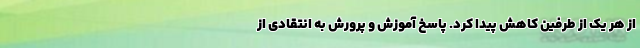
از هر یک از طرفین کاهش پیدا کرد. پاسخ آموزش و پرورش به انتقادی از